Civil Veterinary Department Bihar & Orissa reports 1922-29 - 1922-1929
Year: 1922
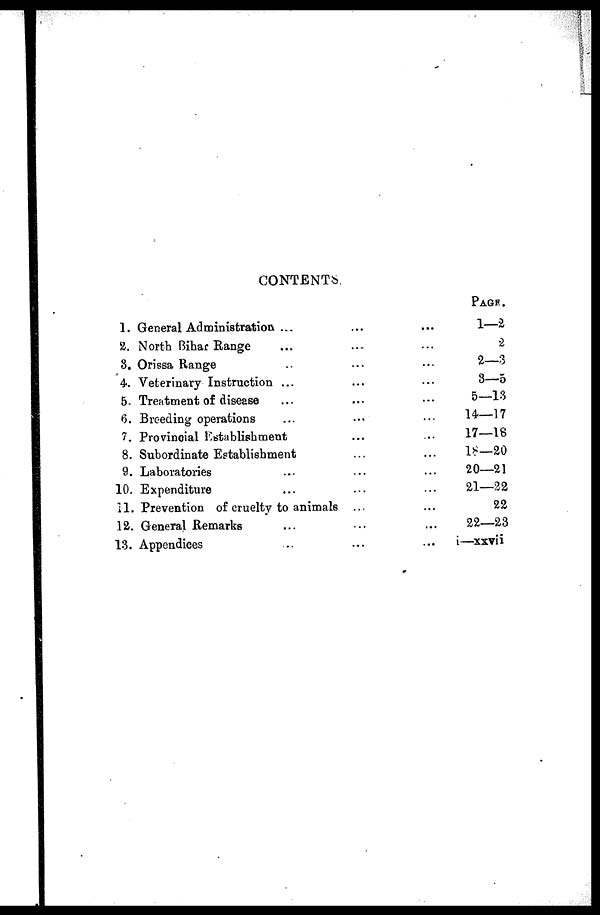
CONTENTS.
1. General Administration ...
2. North Bihar Range
8. Orissa Range
4. Veterinary Instruction ...
5. Treatment of disease
6. Breeding operations
7. Provincial Establishment
8. Subordinate Establishment
9. Laboratories
10. Expenditure
11. Prevention of cruelty to animals
12. General Remarks
13. Appendices
...
...
...
...
...
...
...
...
...
...
...
...
...
...
...
...
...
...
...
...
...
PAGE.
1—2
2
2—3
3—5
5—13
14—17
17—18
l8—20
20—21
21—22
22
22—23
i—xxvii